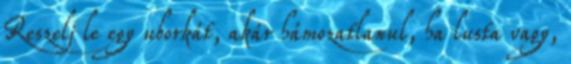
Reszelj le egy uborkát, akár hámozatlanul, ha lusta vagy,